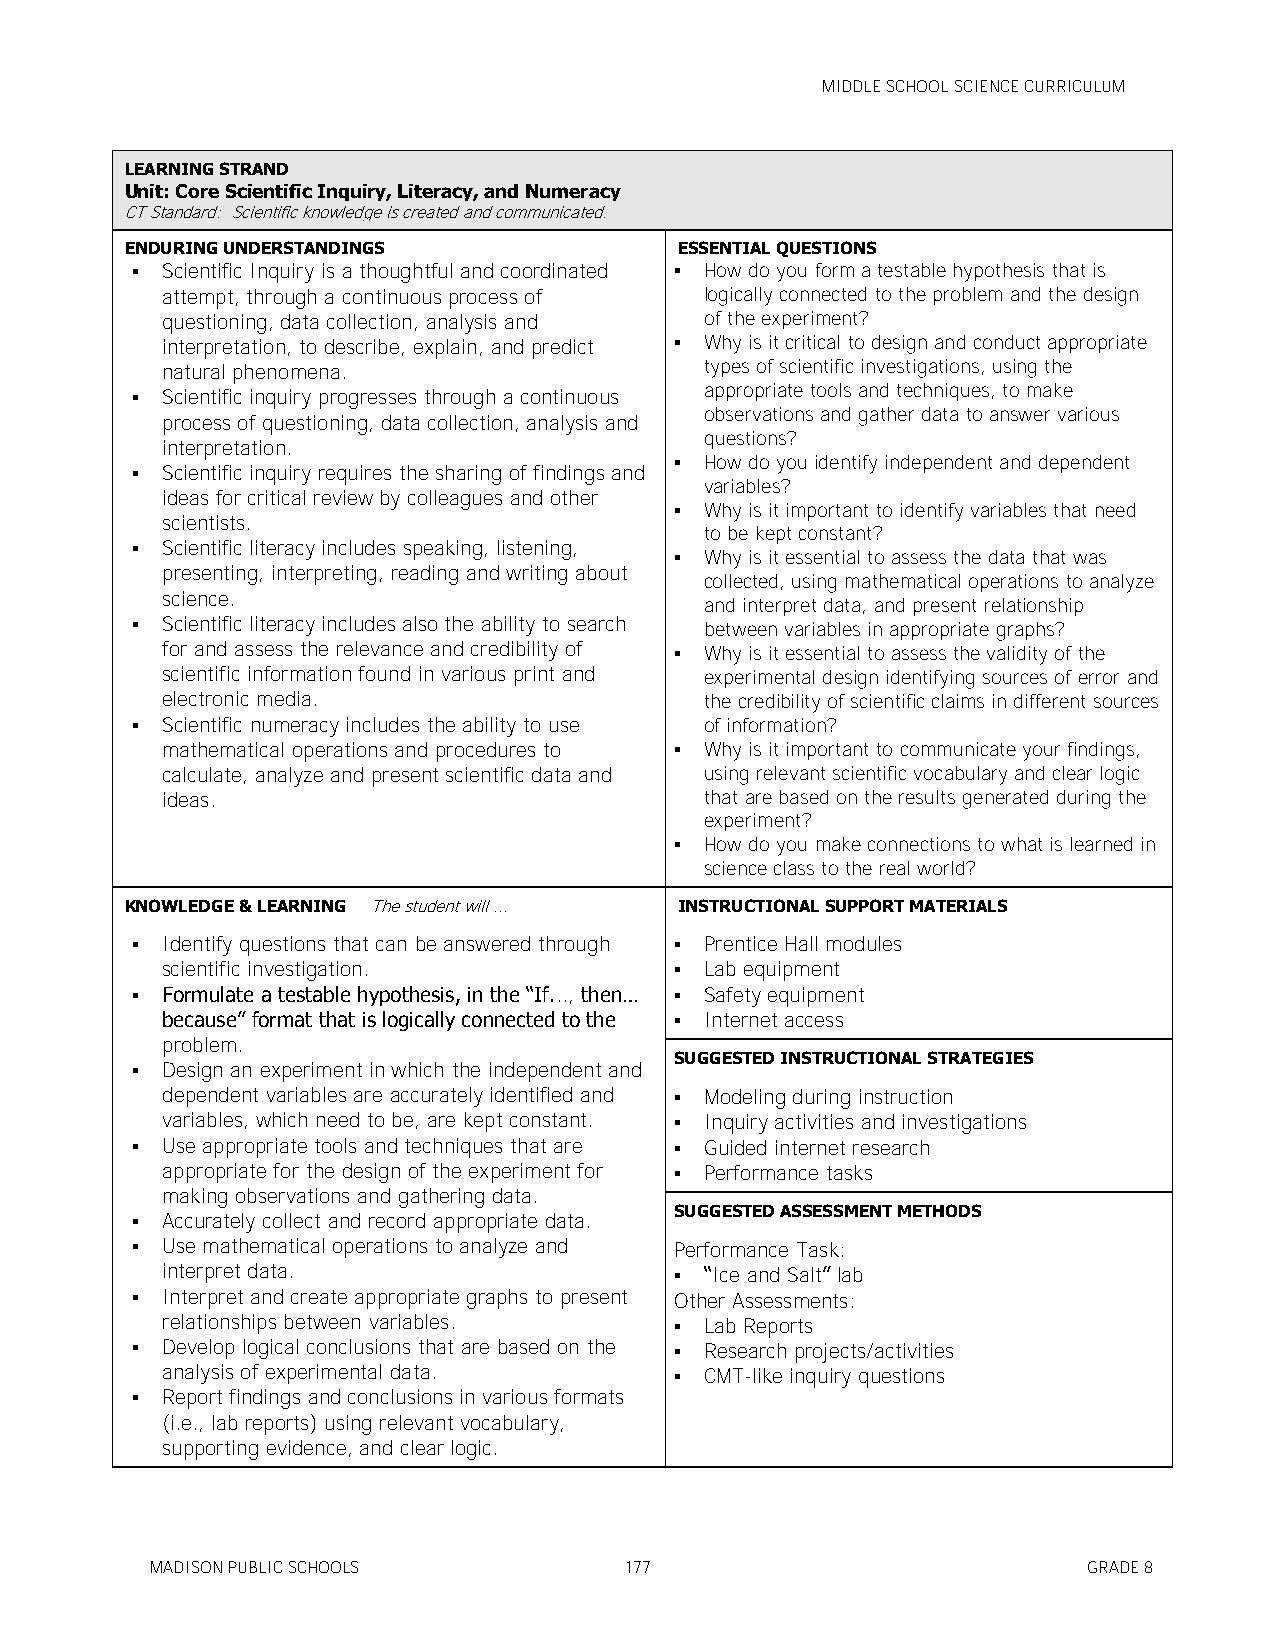
MIDDLE SCHOOL SCIENCE CURRICULUM
 LEARNING STRAND
 Unit: Core Scientific Inquiry, Literacy, and Numeracy
 CT Standard: Scientific knowledge is created and communicated.
 ENDURING UNDERSTANDINGS              ESSENTIAL QUESTIONS
  Scientific Inquiry is a thoughtful and coordinated  How do you form a testable hypothesis that is
 attempt, through a continuous process of logically connected to the problem and the design
 questioning, data collection, analysis and of the experiment?
 interpretation, to describe, explain, and predict  Why is it critical to design and conduct appropriate
 natural phenomena.                  types of scientific investigations, using the
 appropriate tools and techniques, to make
  Scientific inquiry progresses through a continuous
 observations and gather data to answer various
 process of questioning, data collection, analysis and
 questions?
 interpretation.
  Scientific inquiry requires the sharing of findings and
  How do you identify independent and dependent
 variables?
 ideas for critical review by colleagues and other
  Why is it important to identify variables that need
 scientists.
 to be kept constant?
  Scientific literacy includes speaking, listening,
  Why is it essential to assess the data that was
 presenting, interpreting, reading and writing about
 collected, using mathematical operations to analyze
 science.
 and interpret data, and present relationship
  Scientific literacy includes also the ability to search between variables in appropriate graphs?
 for and assess the relevance and credibility of  Why is it essential to assess the validity of the
 scientific information found in various print and experimental design identifying sources of error and
 electronic media.                   the credibility of scientific claims in different sources
  Scientific numeracy includes the ability to use of information?
 mathematical operations and procedures to  Why is it important to communicate your findings,
 calculate, analyze and present scientific data and using relevant scientific vocabulary and clear logic
 ideas.                              that are based on the results generated during the
 experiment?
  How do you make connections to what is learned in
 science class to the real world?
 KNOWLEDGE & LEARNING The student will ... INSTRUCTIONAL SUPPORT MATERIALS
  Identify questions that can be answered through  Prentice Hall modules
 scientific investigation.          Lab equipment
  Formulate a testable hypothesis, in the ―If..., then…  Safety equipment
 because‖ format that is logically connected to the  Internet access
 problem.
 SUGGESTED INSTRUCTIONAL STRATEGIES
  Design an experiment in which the independent and
 dependent variables are accurately identified and  Modeling during instruction
 variables, which need to be, are kept constant.  Inquiry activities and investigations
  Use appropriate tools and techniques that are  Guided internet research
 appropriate for the design of the experiment for  Performance tasks
 making observations and gathering data.
 SUGGESTED ASSESSMENT METHODS
  Accurately collect and record appropriate data.
  Use mathematical operations to analyze and Performance Task:
 interpret data.                    ―Ice and Salt‖ lab
  Interpret and create appropriate graphs to present Other Assessments:
 relationships between variables.   Lab Reports
  Develop logical conclusions that are based on the  Research projects/activities
 analysis of experimental data.     CMT-like inquiry questions
  Report findings and conclusions in various formats
 (i.e., lab reports) using relevant vocabulary,
 supporting evidence, and clear logic.
 MADISON PUBLIC SCHOOLS         177                            GRADE 8